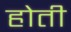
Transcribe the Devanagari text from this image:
होती